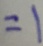
= 1